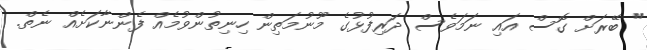
" ބޭރަށް ގޮސް އައި ނަމަވެސް ދަރިފުޅުގެ މޫނުމަތިން ހިނިތުންވުމެއް ފެންނާކަށެއް ނެތް.